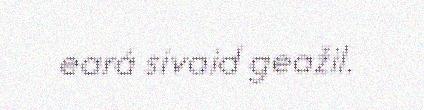
eará sivaid geažil.